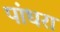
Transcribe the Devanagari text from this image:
पांधरा